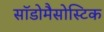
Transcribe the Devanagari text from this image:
सॉडोमैसोस्टिक